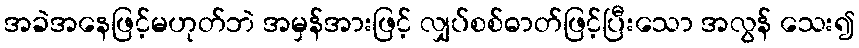
အခဲအနေဖြင့်မဟုတ်ဘဲ အမှန်အားဖြင့် လျှပ်စစ်ဓာတ်ဖြင့်ပြီးသော အလွန် သေး၍